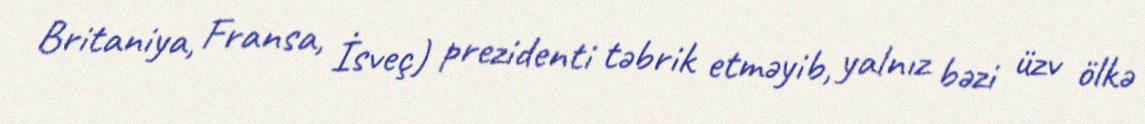
Britaniya, Fransa, İsveç) prezidenti təbrik etməyib, yalnız bəzi üzv ölkə